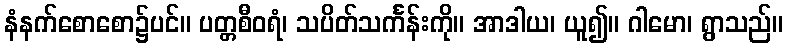
နံနက်စောစော၌ပင်။ ပတ္တစီဝရံ၊ သပိတ်သင်္ကန်းကို။ အာဒါယ၊ ယူ၍။ ဂါမော၊ ရွာသည်။